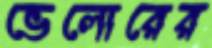
ভেলোরের